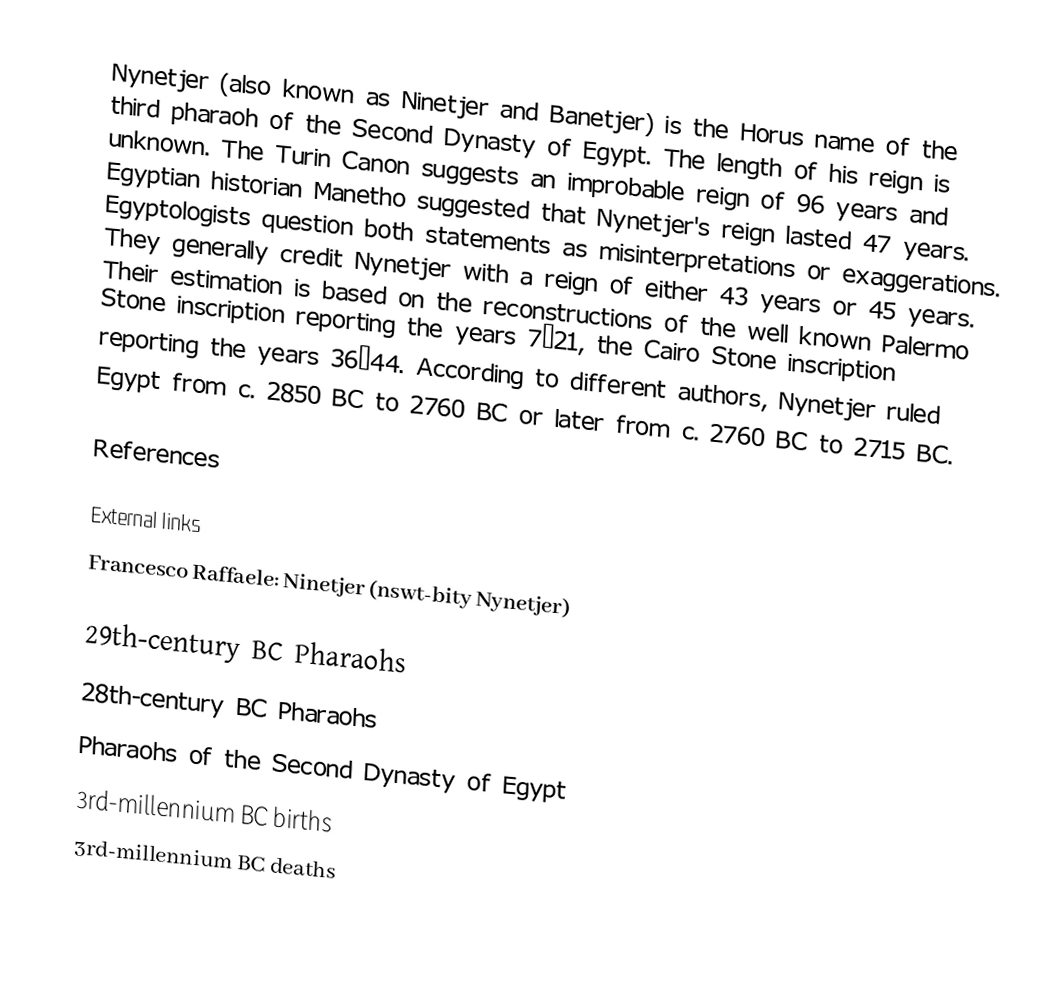
Nynetjer (also known as Ninetjer and Banetjer) is the Horus name of the third pharaoh of the Second Dynasty of Egypt. The length of his reign is unknown. The Turin Canon suggests an improbable reign of 96 years and Egyptian historian Manetho suggested that Nynetjer's reign lasted 47 years. Egyptologists question both statements as misinterpretations or exaggerations. They generally credit Nynetjer with a reign of either 43 years or 45 years. Their estimation is based on the reconstructions of the well known Palermo Stone inscription reporting the years 7–21, the Cairo Stone inscription reporting the years 36–44. According to different authors, Nynetjer ruled Egypt from c. 2850 BC to 2760 BC or later from c. 2760 BC to 2715 BC.

References

External links
 Francesco Raffaele: Ninetjer (nswt-bity Nynetjer)

29th-century BC Pharaohs
28th-century BC Pharaohs
Pharaohs of the Second Dynasty of Egypt
3rd-millennium BC births
3rd-millennium BC deaths